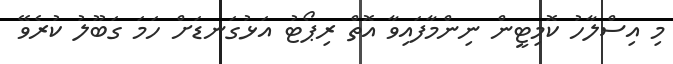
މި އިސްލާހު ކޮމިޓީން ނިންމާފައިވާ އޮތް ރިޕޯޓު އަޅުގަނޑަށް ހަމަ ގަބޫލު ކުރެވޭ